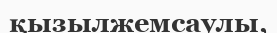
қызылжемсаулы,